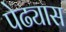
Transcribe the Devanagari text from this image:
पेढ्यास